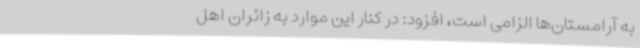
به آرامستان‌ها الزامی است، افزود: در کنار این موارد به زائران اهل